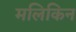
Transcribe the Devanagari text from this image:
मलिकिन